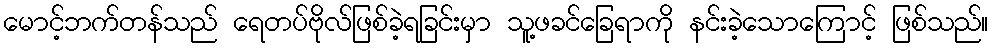
မောင့်ဘက်တန်သည် ရေတပ်ဗိုလ်ဖြစ်ခဲ့ရခြင်းမှာ သူ့ဖခင်ခြေရာကို နင်းခဲ့သောကြောင့် ဖြစ်သည်။